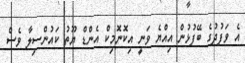
އެ ވަފުދުގެ ބޭފުޅުން އިއްޔެ ވަނީ އިކޮނޮމިކް އެންޑް ޔޫތު ކައުންސިލާ ވެސް